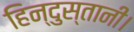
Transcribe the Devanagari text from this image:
हिन्दुस्तानी।